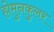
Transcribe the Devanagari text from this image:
होमुनकुलर